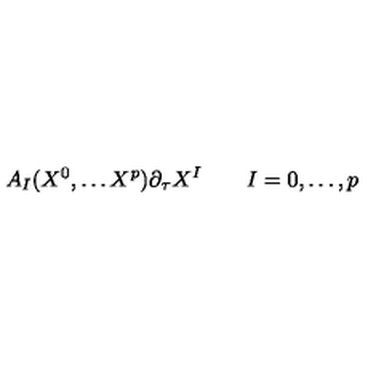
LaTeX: A _ { I } ( X ^ { 0 } , \dots X ^ { p } ) \partial _ { \tau } X ^ { I } \qquad I = 0 , \dots , p